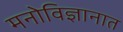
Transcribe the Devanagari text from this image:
मनोविज्ञानात